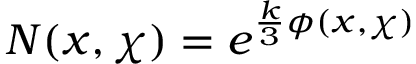
N ( x , \chi ) = e ^ { { \frac { k } { 3 } } \phi ( x , \chi ) }